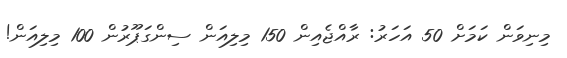
މިނިވަން ކަމަށް 50 އަހަރު: ރާއްޖެއިން 150 މިލިއަން ސިންގަޕޫރުން 100 މިލިއަން!